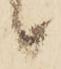
候